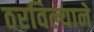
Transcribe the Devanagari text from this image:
ठरविल्याने